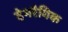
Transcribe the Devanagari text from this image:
हेमरैगिक